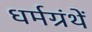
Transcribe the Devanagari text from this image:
धर्मग्रंथें